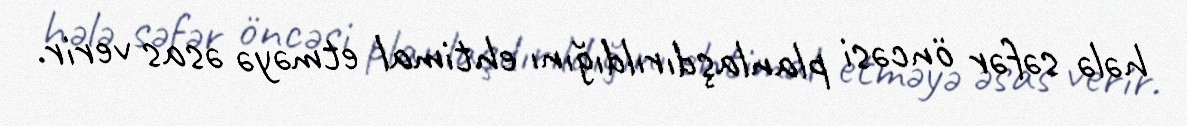
hələ səfər öncəsi planlaşdırıldığını ehtimal etməyə əsas verir.